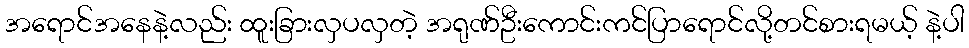
အရောင်အနေနဲ့လည်း ထူးခြားလှပလှတဲ့ အရုဏ်ဦးကောင်းကင်ပြာရောင်လို့တင်စားရမယ့် နဲ့ပါ